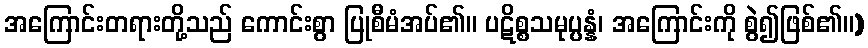
အကြောင်းတရားတို့သည် ကောင်းစွာ ပြုစီမံအပ်၏။ ပဋိစ္စသမုပ္ပန္နံ၊ အကြောင်းကို စွဲ၍ဖြစ်၏။)